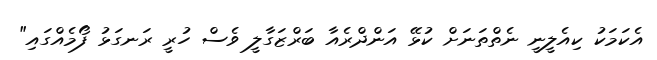
އެކަމަކު ކިއެލީނީ ނެތްތަނަަށް ކުޅޭ އަންދްރެއާ ބަރްޒަގާލީ ވެސް ހުރީ ރަނގަޅު ފޯމެއްގައި"